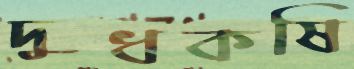
দুধকষি